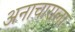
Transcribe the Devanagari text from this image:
अनाचाराला